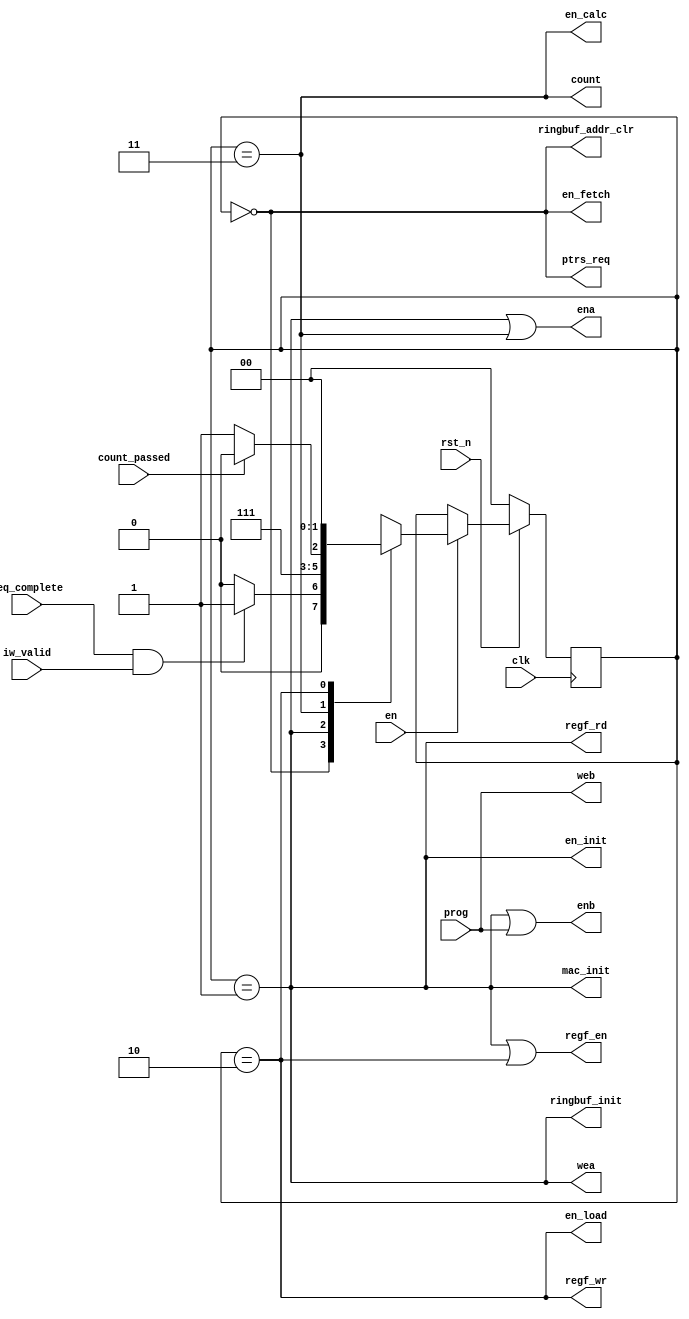
//! State Table
//! |Output Signals    |PTR_REQ| CINIT |  CALC | LOAD  |
//! |:----------------:|:-----:|:-----:|:-----:|:-----:|
//! |`en_fetch        `|_**1**_|   0   |   0   |   0   |
//! |`ptrs_req        `|_**1**_|   0   |   0   |   0   |
//! |`ringbuf_addr_clr`|_**1**_|   0   |   0   |   0   |
//! |`en_init         `|   0   |_**1**_|   0   |   0   |
//! |`mac_init        `|   0   |_**1**_|   0   |   0   |
//! |`ringbuf_init    `|   0   |_**1**_|   0   |   0   |
//! |`regf_rd         `|   0   |_**1**_|   0   |   0   |
//! |`regf_en         `|   0   |_**1**_|   0   |_**1**_|
//! |`ena             `|   0   |_**1**_|_**1**_|   0   |
//! |`wea             `|   0   |_**1**_|   0   |   0   |
//! |`enb             `| prog  |_**1**_| prog  | prog  |
//! |`en_calc         `|   0   |   0   |_**1**_|   0   |
//! |`count           `|   0   |   0   |_**1**_|   0   |
//! |`en_load         `|   0   |   0   |   0   |_**1**_|
//! |`regf_wr         `|   0   |   0   |   0   |_**1**_|
//! |`web             `| prog  | prog  | prog  | prog  |


//! @title Controller FSM
//! @brief This is Finite State Machine for Controller
//! with 4 states. It allows to manage data flow of 
//! upsampling process

module ctrl_fsm (
    input  wire       clk,             //! __Clock__
    input  wire       rst_n,             //! __Reset__
    input  wire       en,              //! __Clock enable__
    input  wire       req_complete,    //! Pointer Struct request complete flag
    input  wire       iw_valid,        //! Pointer Struct content valid
    input  wire       count_passed,    //! Convolution Counting passed flag
    input  wire       prog,            //! Coefficient Load flag
    //input  wire       new_out,         //! Sample out flag
    //input  wire       new_in,          //! Sample in flag

    // Pointer struct request active-high signals
    output reg       en_fetch,         //! main enable flag for Pointer struct request
    output reg       ptrs_req,         //! next pointer struct request signal
    output reg       ringbuf_addr_clr, //! Ring buffer address register clear

    // MAC and RAM precalculation initialization active-high signals
    output reg       en_init,          //! main enable flag for calculation initialization
    output reg       mac_init,         //! MAC accumulator initialization
    output reg       ringbuf_init,     //! Ring buffer initialization
    output reg       regf_rd,          //! Register file read enable signal
    output reg       regf_en,          //! Clock Enable of register file (also active-high in load state)
    output reg       ena,              //! Data RAM clock enable for sample port (also active-high in calc state)
    output reg       wea,              //! Data RAM write enable for sample port
    output reg       enb,              //! Data RAM clock enable for coefficient port (also active-high in prog state)

    // Calculation active-high signals
    output reg       en_calc,          //! main enable flag for convolution calculation
    output reg       count,            //! Count process flag

    // Load Result active-high signals
    output reg       en_load,          //! main enable flag for result loading
    output reg       regf_wr,          //! Write Enable of register file

    // Coefficient loading active-high signals
    output reg       web               //! Data RAM write enable for coefficient port

);

  localparam [1:0] PTR_REQ   = 2'b00; //! Pointer Struct Request
  localparam [1:0] CALC_INIT = 2'b01; //! Convolution Calculation Initialization
  localparam [1:0] CALC      = 2'b11; //! Convolution Calculation
  localparam [1:0] LOAD      = 2'b10; //! Load Result

  reg [1:0] state = 2'b00;  //! State register

  wire assert_ptr_req = (req_complete == 1'b1)&&(iw_valid == 1'b1);

  //! Switch path
  always @(posedge clk) begin : state_machine
    if (rst_n == 1'b0) begin
      state <= PTR_REQ;
    end else if (en == 1'b1) begin
      case (state)
        PTR_REQ:
          if (assert_ptr_req == 1'b1)
            state <= CALC_INIT;
          else
            state <= PTR_REQ;
        CALC_INIT:
          state <= CALC;
        CALC:
          if (count_passed == 1'b1)
            state <= LOAD;
          else
            state <= CALC;
        LOAD:
          state <= PTR_REQ;
      endcase
    end
  end


  //! Output Moore FSM logic
  always @(*) begin : moore_output_logic
    en_fetch         = (state == PTR_REQ);
    ptrs_req         = (state == PTR_REQ);
    ringbuf_addr_clr = (state == PTR_REQ);
    en_init          = (state == CALC_INIT);
    mac_init         = (state == CALC_INIT);
    ringbuf_init     = (state == CALC_INIT);
    ena              = (((state == CALC_INIT) || (state == CALC)) == 1'b1);
    wea              = (state == CALC_INIT);
    en_calc          = (state == CALC);
    count            = (state == CALC);
    en_load          = (state == LOAD);
    regf_rd          = (state == CALC_INIT);
    regf_en          = (((state == CALC_INIT) || (state == LOAD))== 1'b1);
    regf_wr          = (state == LOAD);
  end

  //! Output Mealy FSM logic
  always @(*) begin : mealy_output_logic
    enb              = (((state == CALC_INIT) || (prog == 1'b1)) == 1'b1);
    web              = (prog == 1'b1);    
  end


endmodule